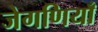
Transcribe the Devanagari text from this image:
जेगणियाँ